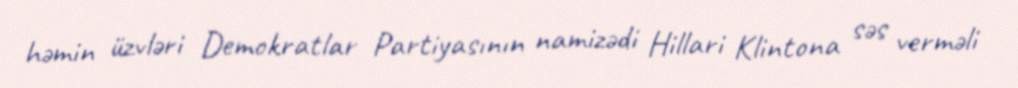
həmin üzvləri Demokratlar Partiyasının namizədi Hillari Klintona səs verməli